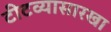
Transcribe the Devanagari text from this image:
टीटव्यासारखा